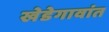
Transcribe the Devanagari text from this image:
खेडेगावांत